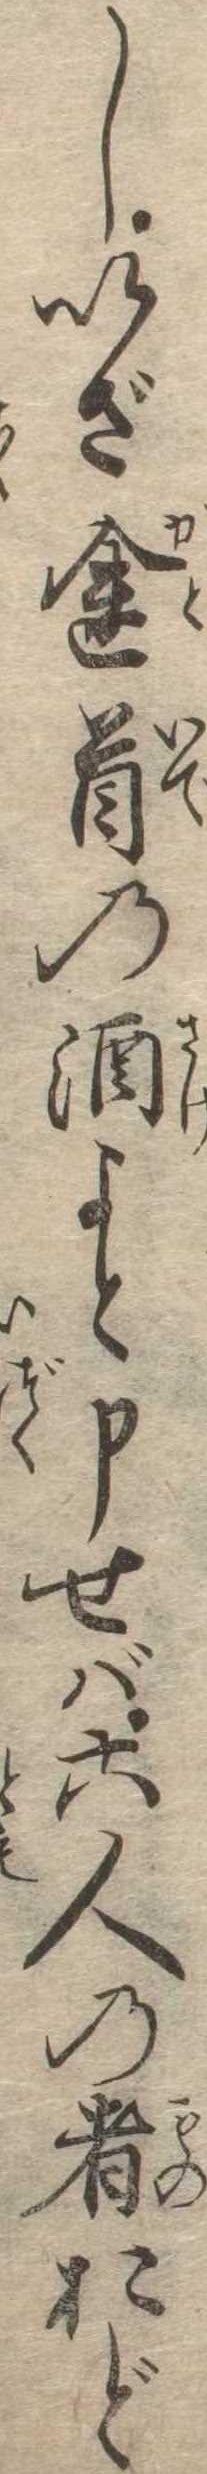
しいざ途首の酒よと申せば六人の者おど